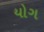
યોગ